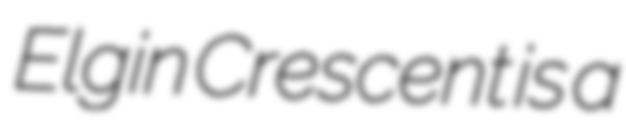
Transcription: Elgin Crescent is a